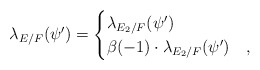
\begin{align*} \lambda_{E/F}(\psi')=\begin{cases} \lambda_{E_2/F}(\psi') & \\ \beta(-1)\cdot\lambda_{E_2/F}(\psi') & , \end{cases}\end{align*}